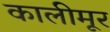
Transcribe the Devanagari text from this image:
कालीमूर